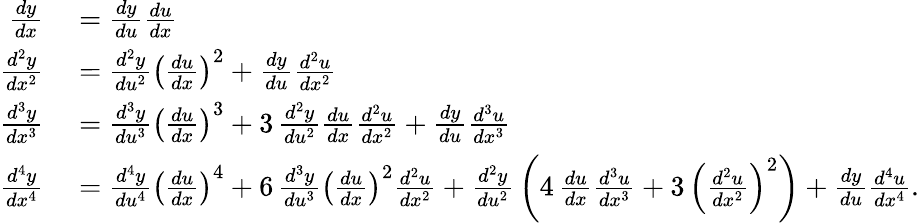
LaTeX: \begin{array}{rl}{{\frac{dy}{dx}}}&{{}={\frac{dy}{du}}{\frac{du}{dx}}}\\ {{\frac{d^{2}y}{dx^{2}}}}&{{}={\frac{d^{2}y}{du^{2}}}\left({\frac{du}{dx}}\right)^{2}+{\frac{dy}{du}}{\frac{d^{2}u}{dx^{2}}}}\\ {{\frac{d^{3}y}{dx^{3}}}}&{{}={\frac{d^{3}y}{du^{3}}}\left({\frac{du}{dx}}\right)^{3}+3\, {\frac{d^{2}y}{du^{2}}}{\frac{du}{dx}}{\frac{d^{2}u}{dx^{2}}}+{\frac{dy}{du}}{\frac{d^{3}u}{dx^{3}}}}\\ {{\frac{d^{4}y}{dx^{4}}}}&{{}={\frac{d^{4}y}{du^{4}}}\left({\frac{du}{dx}}\right)^{4}+6\, {\frac{d^{3}y}{du^{3}}}\left({\frac{du}{dx}}\right)^{2}{\frac{d^{2}u}{dx^{2}}}+{\frac{d^{2}y}{du^{2}}}\left(4\, {\frac{du}{dx}}{\frac{d^{3}u}{dx^{3}}}+3\, \left({\frac{d^{2}u}{dx^{2}}}\right)^{2}\right)+{\frac{dy}{du}}{\frac{d^{4}u}{dx^{4}}}.}\end{array}